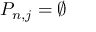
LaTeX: P _ { n , j } = \emptyset